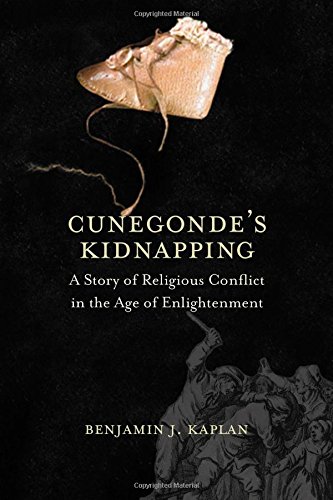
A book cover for Cunegonde's Kidnapping: A Story of Religious Conflict in the Age of Enlightenment (The Lewis Walpole Series in Eighteenth-C); Benjamin J. Kaplan; History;